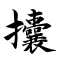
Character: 攮